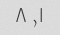
۱, ۸